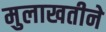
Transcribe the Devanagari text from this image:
मुलाखतीने